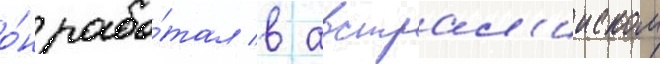
о́н рабо́тал в австрал'ииском